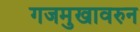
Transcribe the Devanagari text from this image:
गजमुखावरुन